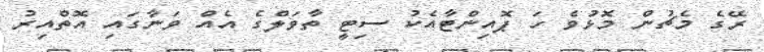
ރޭގެ މެޗުން މޮޅުވެ ހަ ޕޮއިންޓާއެކު ސިޓީ ތާވަލްގެ އެއް ވަނާގައި އޮތްއިރު